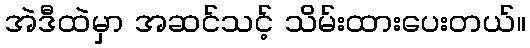
အဲဒီထဲမှာ အဆင်သင့် သိမ်းထားပေးတယ်။